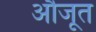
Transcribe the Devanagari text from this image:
औजूत